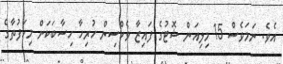
އެވެ. ނަމަވެސް 15 މިލިއަން ޝޮޓުގެ ފައިޒާ ވެކްސިން ހުރިހާ ހިސާބަކަށް މިހަފުތާގެ